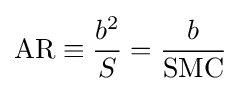
{\text{AR}}\equiv {\frac {b^{2}}{S}}={\frac {b}{\text{SMC}}}